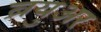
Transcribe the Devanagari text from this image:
ब्रयुअर